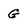
Character: G